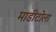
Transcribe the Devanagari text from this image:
माडीटोला